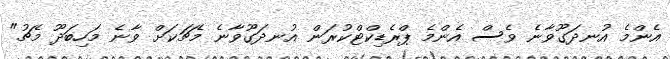
އެންމެ އުނދަގޫވާނެ ވެސް އެންމެ ޕްރެޑިކްޓްކުރަން އުނދަގޫވާނެ މެޗަކަށް ވާނެ މަހިބަދޫ މެޗު"